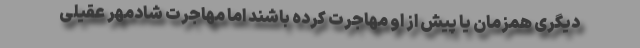
دیگری همزمان یا پیش از او مهاجرت کرده باشند اما مهاجرت شادمهر عقیلی